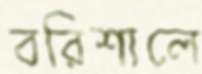
বরিশালে